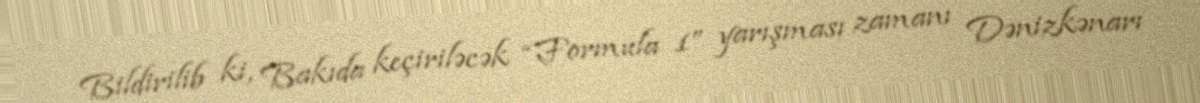
Bildirilib ki, Bakıda keçiriləcək “Formula 1” yarışması zamanı Dənizkənarı